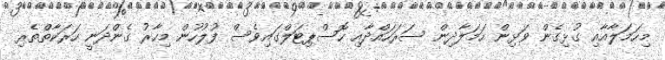
މިހަމަލާއާއި ގުޅިގެން ވަޅިން ހަމަލާދިން ސަރަހައްދާއި ހޮސްޕިޓަލްގައިވެސް ފުލުހުން މިހާރު ގެންދަނީ ހަރަކާތްތެރި